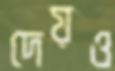
দেয়ও